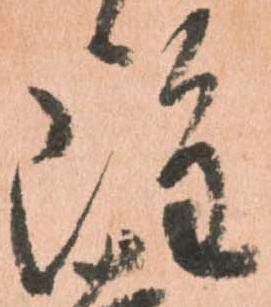
雖